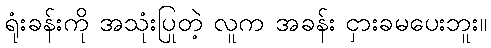
ရုံးခန်းကို အသုံးပြုတဲ့ လူက အခန်း ငှားခမပေးဘူး။